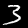
Digit: 3